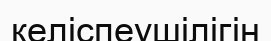
келіспеушілігін